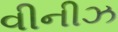
વીનીઝ